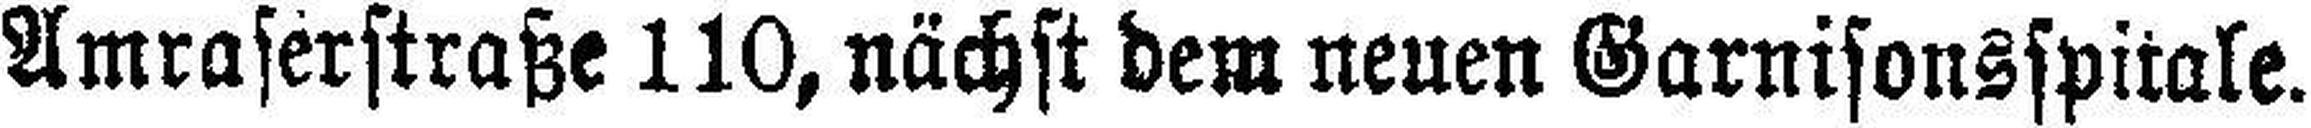
Amraserstraße 110, nächst dem neuen Garnisonsspitale.